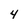
Character: 4